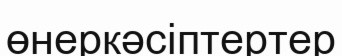
өнеркәсіптертер